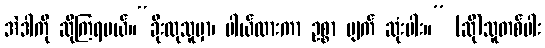
အဲဒါကို ဆိုကြရမယ်။“ခိုးလုသူမှာ၊ ပါယ်လားကာ ဥစ္စာ ပျက် ဆုံးပါး။” (ဆို)သူတစ်ပါး